Rangoon Lunatic Asylum 1878-1892 - 1878-1892
Year: 1878
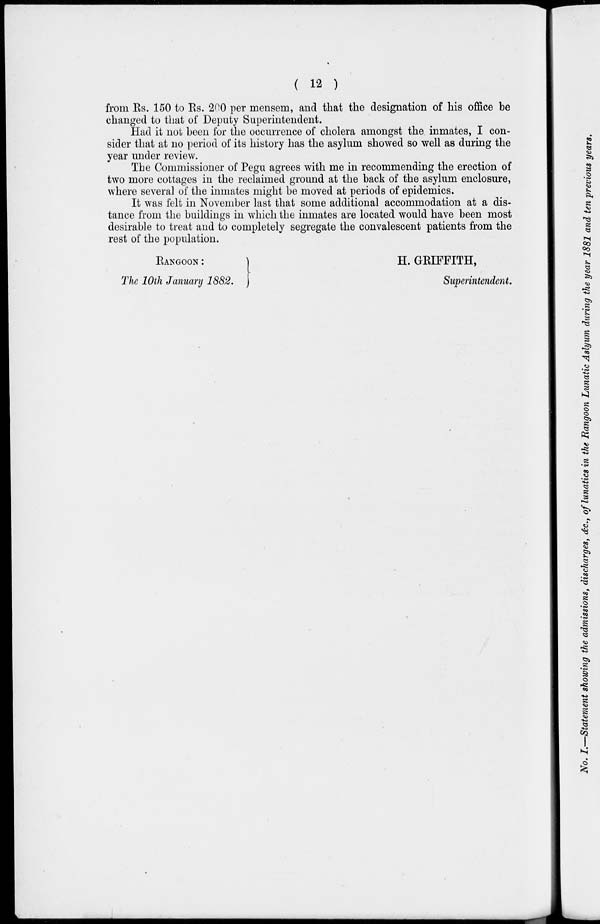
( 12 )
from Rs. 150 to Rs. 200 per mensem, and that the designation of his office be
changed to that of Deputy Superintendent.
Had it not been for the occurrence of cholera amongst the inmates, I con-
sider that at no period of its history has the asylum showed so well as during the
year under review.
The Commissioner of Pegu agrees with me in recommending the erection of
two more cottages in the reclaimed ground at the back of the asylum enclosure,
where several of the inmates might be moved at periods of epidemics.
It was felt in November last that some additional accommodation at a dis-
tance from the buildings in which the inmates are located would have been most
desirable to treat and to completely segregate the convalescent patients from the
rest of the population.
RANGOON :
The 10th January 1882.
H. GRIFFITH,
Superintendent.